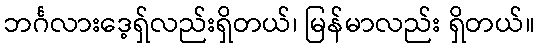
ဘင်္ဂလားဒေ့ရှ်လည်းရှိတယ်၊ မြန်မာလည်း ရှိတယ်။